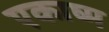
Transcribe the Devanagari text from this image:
एकाष्म